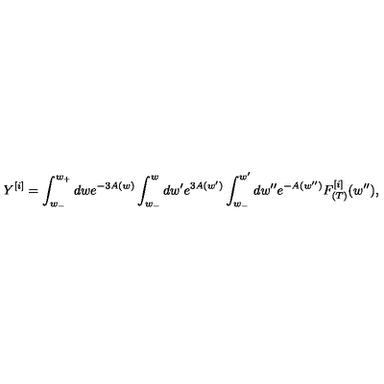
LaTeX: Y ^ { [ i ] } = \int _ { w _ { - } } ^ { w _ { + } } d w e ^ { - 3 A ( w ) } \int _ { w _ { - } } ^ { w } d w ^ { \prime } e ^ { 3 A ( w ^ { \prime } ) } \int _ { w _ { - } } ^ { w ^ { \prime } } d w ^ { \prime \prime } e ^ { - A ( w ^ { \prime \prime } ) } F _ { ( T ) } ^ { [ i ] } ( w ^ { \prime \prime } ) ,